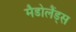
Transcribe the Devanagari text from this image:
मैडोलैंड्स